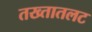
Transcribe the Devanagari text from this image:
तख्तातलट